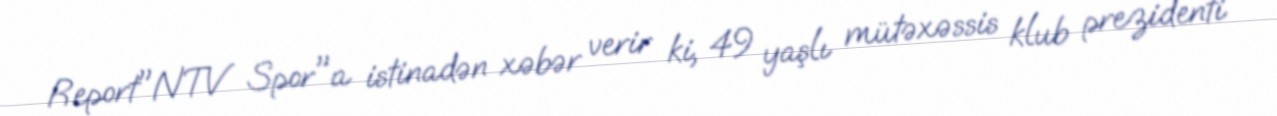
Report"NTV Spor"a istinadən xəbər verir ki, 49 yaşlı mütəxəssis klub prezidenti